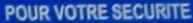
POUR VOTRE SECURITE